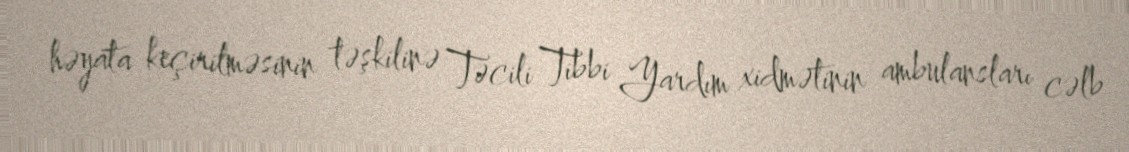
həyata keçirilməsinin təşkilinə Təcili Tibbi Yardım xidmətinin ambulansları cəlb